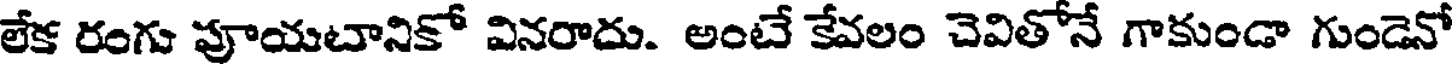
లేక రంగు వూయటానికో వినరాదు. అంటే కేవలం చెవితోనే గాకుండా గుండెనో